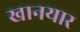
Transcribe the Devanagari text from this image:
खानयार